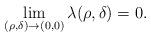
LaTeX: \begin{align*}\lim_{(\rho,\delta)\to(0,0)}\lambda(\rho,\delta)=0.\end{align*}